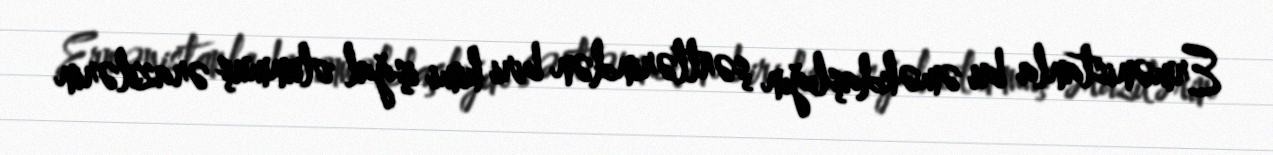
Ermənistanla bu əməkdaşlığın şərtlərindən biri kimi işğal olunmuş ərazilərin